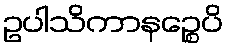
ဥပါသိကာနဉ္စေပိ